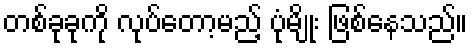
တစ်ခုခုကို လုပ်တော့မည့် ပုံမျိုး ဖြစ်နေသည်။